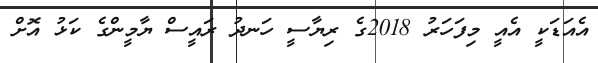
އެއަޑަކީ އެއީ މިފަހަރު 2018ގެ ރިޔާސީ ހަނދު ރައީސް ޔާމީންގެ ކަޅު އޮށް